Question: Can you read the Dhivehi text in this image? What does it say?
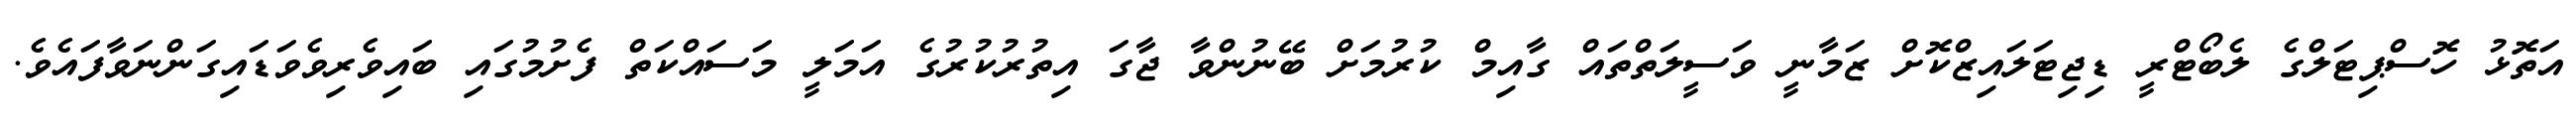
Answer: އަތޮޅު ހޮސްޕިޓަލްގެ ލެބޯޓްރީ ޑިޖިޓަލައިޒްކޮށް ޒަމާނީ ވަސީލަތްތައް ގާއިމް ކުރުމަށް ބޭނުންވާ ޖާގަ އިތުރުކުރުގެ އަމަލީ މަސައްކަތް ފެށުމުގައި ބައިވެރިވެވަޑައިގަންނަވާފައެވެ.